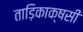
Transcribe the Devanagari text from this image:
ताड़िकाक्षसी